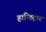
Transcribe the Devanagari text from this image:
हान्डिट्रान